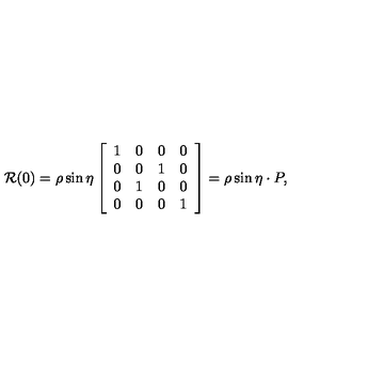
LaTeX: { \cal R } ( 0 ) = \rho \sin \eta \left[ \begin{array} { c c c c } { 1 } & { 0 } & { 0 } & { 0 } \\ { 0 } & { 0 } & { 1 } & { 0 } \\ { 0 } & { 1 } & { 0 } & { 0 } \\ { 0 } & { 0 } & { 0 } & { 1 } \\ \end{array} \right] = \rho \sin \eta \cdot P ,